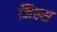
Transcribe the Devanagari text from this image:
जिल्स